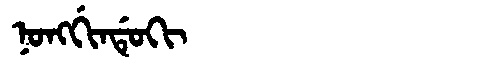
Manchu: ᠨᠣᠩᡤᡳᠨᡩᡠᡴᡳ
Romanization: NONGGINDUKI